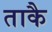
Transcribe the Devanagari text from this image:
ताकै